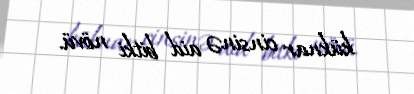
küknar cinsinə aid bitki növü.